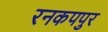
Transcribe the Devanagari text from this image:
रनकपपुर